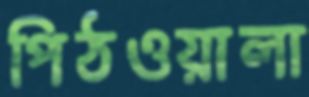
পিঠওয়ালা